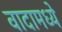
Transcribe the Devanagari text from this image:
वादामध्ये